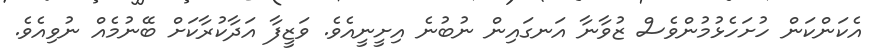
އެކަންކަން ހުށަހެޅުމުންވެސް ޒުވާނާ އަނގައިން ނުބުނެ އިށީނީއެވެ. ވަޒީފާ އަދާކުރާކަށް ބޭނުމެއް ނުވިއެވެ.